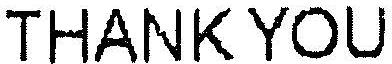
THANK YOU